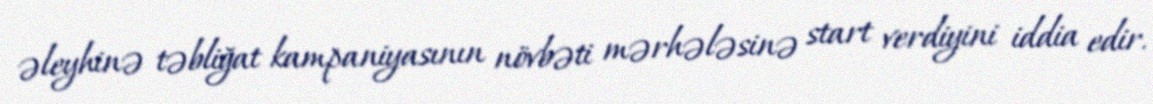
əleyhinə təbliğat kampaniyasının növbəti mərhələsinə start verdiyini iddia edir.